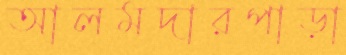
আলমদারপাড়া